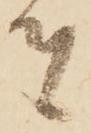
者